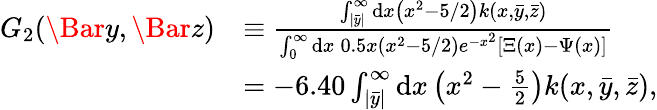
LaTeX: \begin{array}{rl}{G_{2}(\Bar{y},\Bar{z})}&{\equiv\frac{\int_{|\bar{y}|}^{\infty}\mathrm{d}x\left(x^{2}-5/2\right)k(x,\bar{y},\bar{z})}{\int_{0}^{\infty}\mathrm{d}x\: 0.5x\left(x^{2}-5/2\right)e^{-x^{2}}\left[\Xi(x)-\Psi(x)\right]}}\\ &{=-6.40\int_{|\bar{y}|}^{\infty}\mathrm{d}x\left(x^{2}-\frac{5}{2}\right)k(x,\bar{y},\bar{z}),}\end{array}